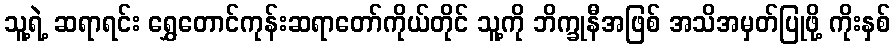
သူ့ရဲ့ ဆရာရင်း ရွှေတောင်ကုန်းဆရာတော်ကိုယ်တိုင် သူ့ကို ဘိက္ခုနီအဖြစ် အသိအမှတ်ပြုဖို့ ကိုးနှစ်